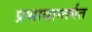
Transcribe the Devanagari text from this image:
प्रभावान्तर्गत